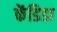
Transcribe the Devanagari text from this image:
केंडिडा